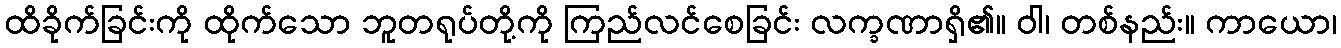
ထိခိုက်ခြင်းကို ထိုက်သော ဘူတရုပ်တို့ကို ကြည်လင်စေခြင်း လက္ခဏာရှိ၏။ ဝါ၊ တစ်နည်း။ ကာယော၊